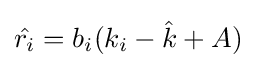
{\hat {r_{i}}}=b_{i}(k_{i}-{\hat {k}}+A)